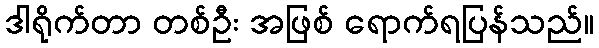
ဒါရိုက်တာ တစ်ဦး အဖြစ် ရောက်ရပြန်သည်။